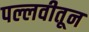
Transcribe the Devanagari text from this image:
पल्लवीतून